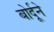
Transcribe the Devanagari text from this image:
बोर्दूने